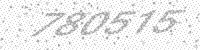
Solution: 780515